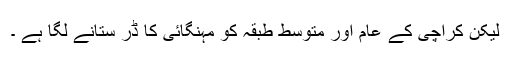
لیکن کراچی کے عام اور متوسط طبقہ کو مہنگائی کا ڈر ستانے لگا ہے ۔